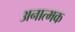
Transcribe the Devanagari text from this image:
अनात्मक